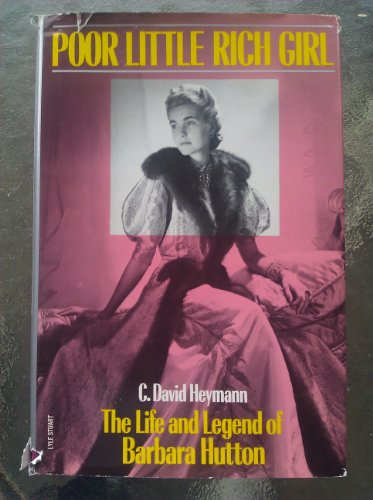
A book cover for Poor Little Rich Girl: The Life and Legend of Barbara Hutton; C. David Heymann; Business & Money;